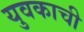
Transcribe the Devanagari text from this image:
युवकाची